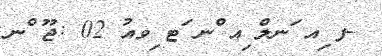
-ފ ިއ ަނލް ިއ ްނ ަޓ ިވއު 02 :ޖޫ ްނ